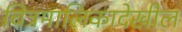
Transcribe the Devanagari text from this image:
चित्रमालिकादेखील